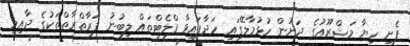
ފެށި ހިޔާ މަޝްރޫއުގެ ދަށުން ހުޅުމާލޭގައި ހަދާފައިވާ ފްލެޓްތައް ލިބުނު ފަރާތްރާތްތަކުގެ ދާއިމީ